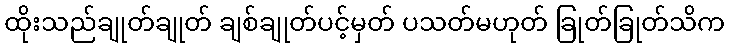
ထိုးသည်ချုတ်ချုတ် ချစ်ချုတ်ပင့်မှတ် ပသတ်မဟုတ် ခြုတ်ခြုတ်သိက